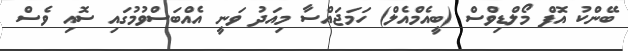
ބޭންކު އޮފް މޯލްޑިވްސް (ބީއެމްއެލް) ހަމަޖައްސާ މިއަދު ވަނީ އެއްބަސްވުމުގައި ސޮއި ވެސް